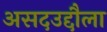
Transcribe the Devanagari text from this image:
असदउद्दौला